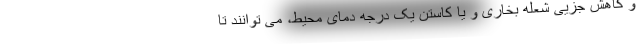
و کاهش جزیی شعله بخاری و یا کاستن یک درجه دمای محیط، می توانند تا